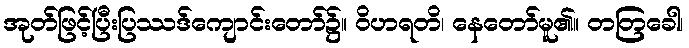
အုတ်ဖြင့်ပြီးပြဿဒ်ကျောင်းတော်၌။ ဝိဟရတိ၊ နေတော်မူ၏။ တတြခေါ၊